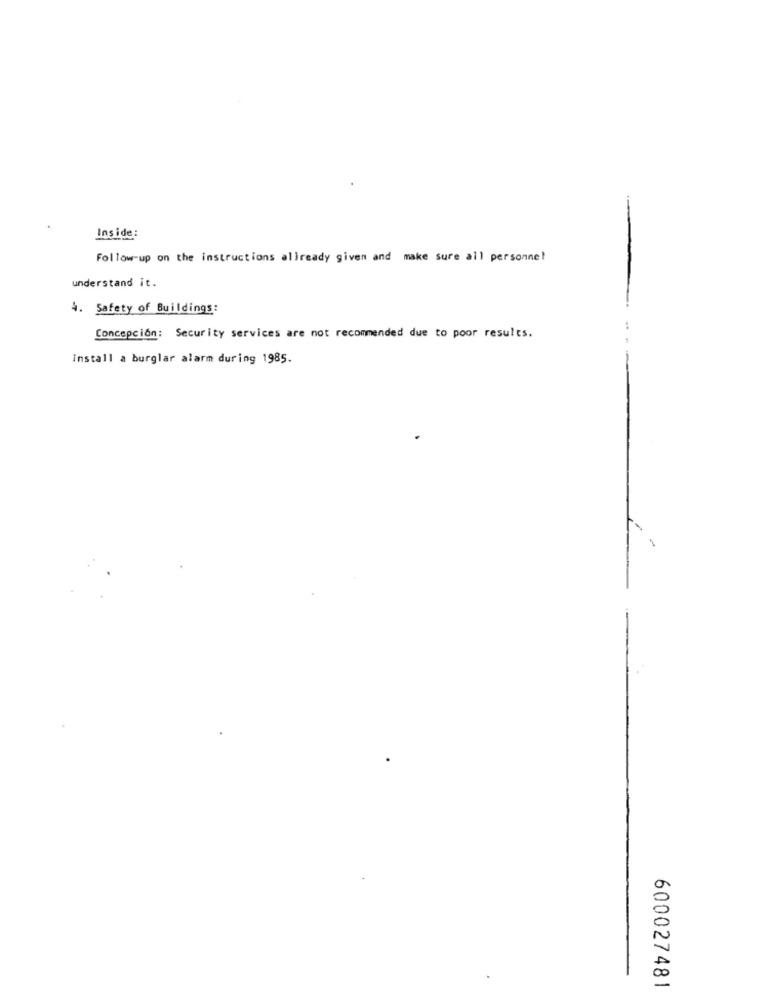
Inside:
Follow-up on the instructions allready given and make sure all personnel
understand it.
4. Safety of Buildings:
Concepción: Security services are not recommended due to poor results.
install a burglar alarm during 1985.
-
600027481